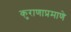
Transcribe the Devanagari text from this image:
कुराणाप्रमाणे